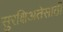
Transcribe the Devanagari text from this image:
सुरक्षिअतेसाठी